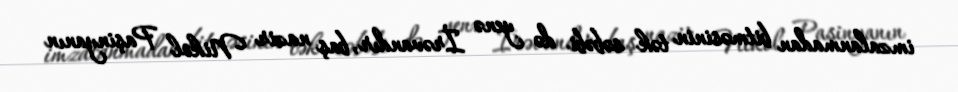
imzalanmadan bitməsinin tək səbəbi də yenə İrəvandır, baş nazir Nikol Paşinyanın